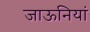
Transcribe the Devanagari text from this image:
जाऊनियां